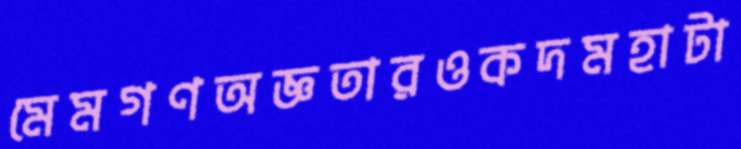
মেমগণঅজ্ঞতারওকদমহাটা